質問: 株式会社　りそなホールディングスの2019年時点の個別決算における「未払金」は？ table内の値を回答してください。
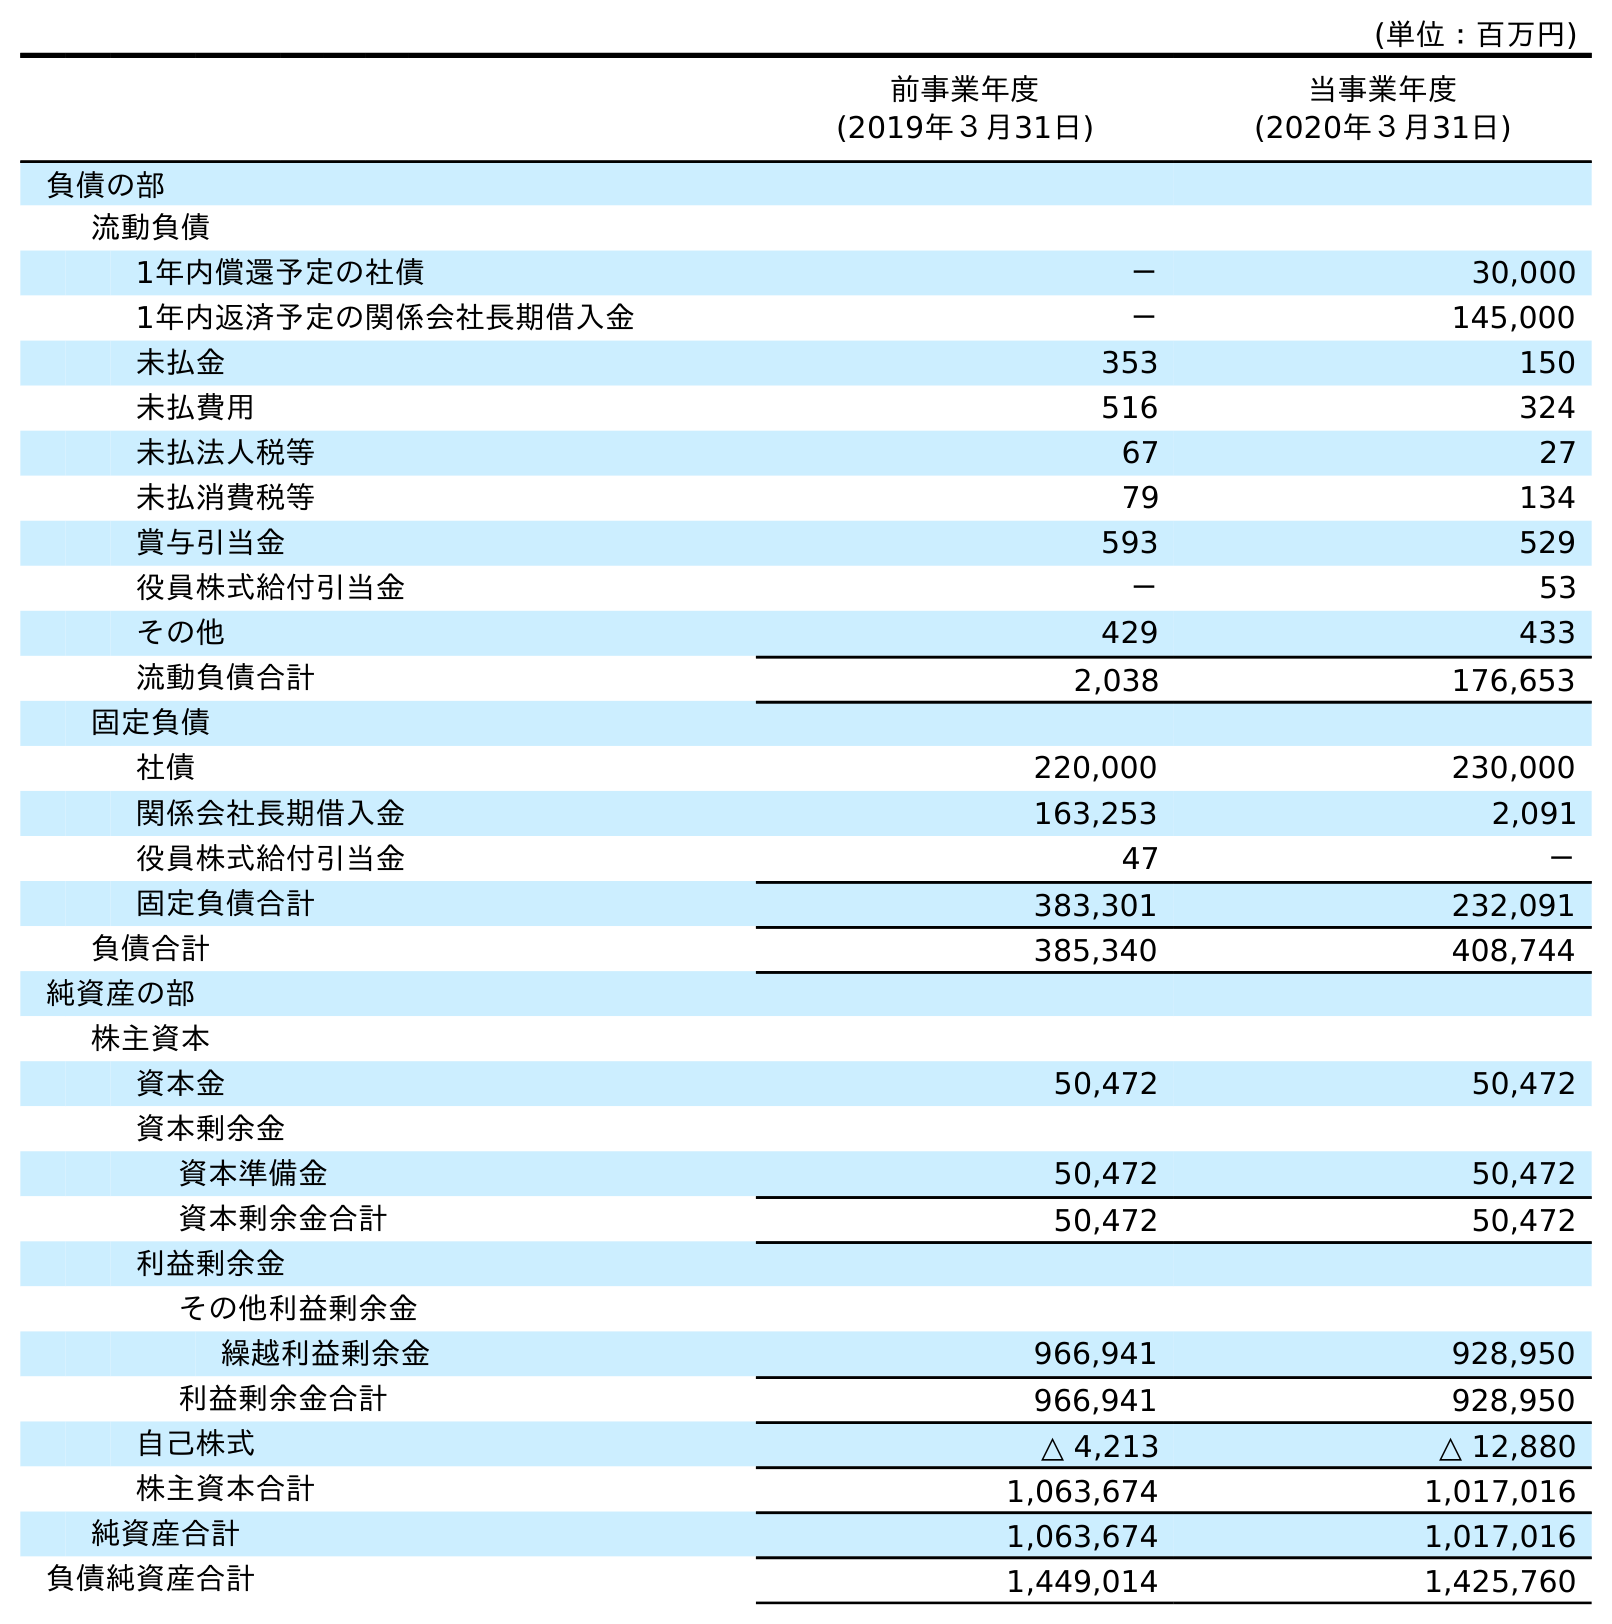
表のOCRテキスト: (単位：百万円) 前事業年度 (2019年３月31日) 当事業年度 (2020年３月31日) 負債の部 流動負債 1年内償還予定の社債 － 30,000 1年内返済予定の関係会社長期借入金 － 145,000 未払金 353 150 未払費用 516 324 未払法人税等 67 27 未払消費税等 79 134 賞与引当金 593 529 役員株式給付引当金 － 53 その他 429 433 流動負債合計 2,038 176,653 固定負債 社債 220,000 230,000 関係会社長期借入金 163,253 2,091 役員株式給付引当金 47 － 固定負債合計 383,301 232,091 負債合計 385,340 408,744 純資産の部 株主資本 資本金 50,472 50,472 資本剰余金 資本準備金 50,472 50,472 資本剰余金合計 50,472 50,472 利益剰余金 その他利益剰余金 繰越利益剰余金 966,941 928,950 利益剰余金合計 966,941 928,950 自己株式 △ 4,213 △ 12,880 株主資本合計 1,063,674 1,017,016 純資産合計 1,063,674 1,017,016 負債純資産合計 1,449,014 1,425,760
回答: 353